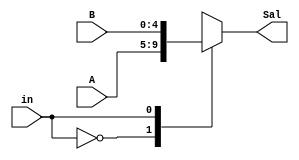

module Mux(
	input in,
	input [4:0]A,B,
	output reg[4:0]Sal
);

always @*
	case(in)
	
		1'b 0:
			begin
				Sal = A;
			end
			
		1'b 1:
			begin
				Sal = B;
			end
	
		endcase

endmodule